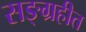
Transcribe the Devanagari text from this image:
सङ्ग्रहीत